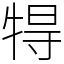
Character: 𤙰